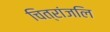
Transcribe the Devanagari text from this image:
चित्रांजलि